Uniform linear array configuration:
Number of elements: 12
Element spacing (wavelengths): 0.75
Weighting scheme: uniform
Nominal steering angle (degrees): -60
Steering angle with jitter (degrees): -59.083
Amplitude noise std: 0.05
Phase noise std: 0.05

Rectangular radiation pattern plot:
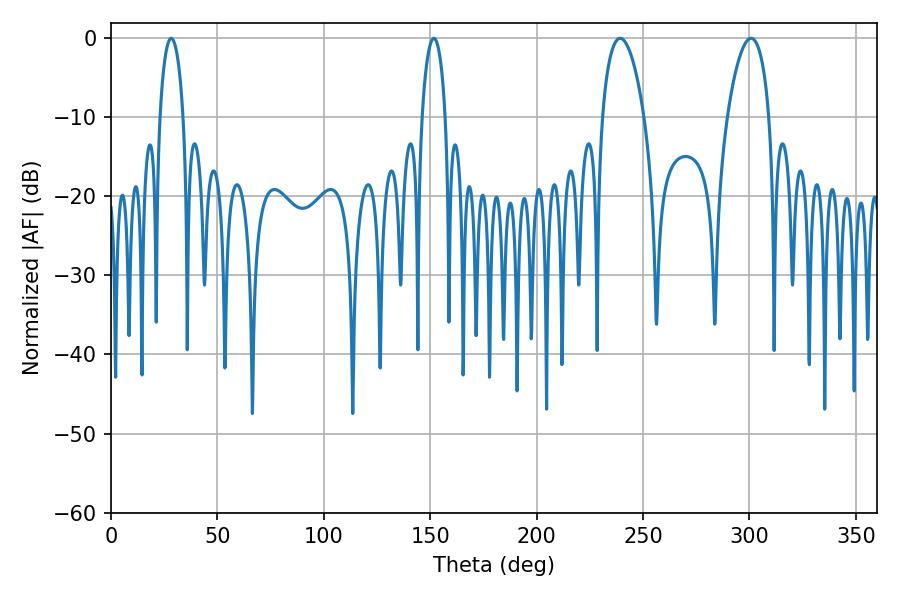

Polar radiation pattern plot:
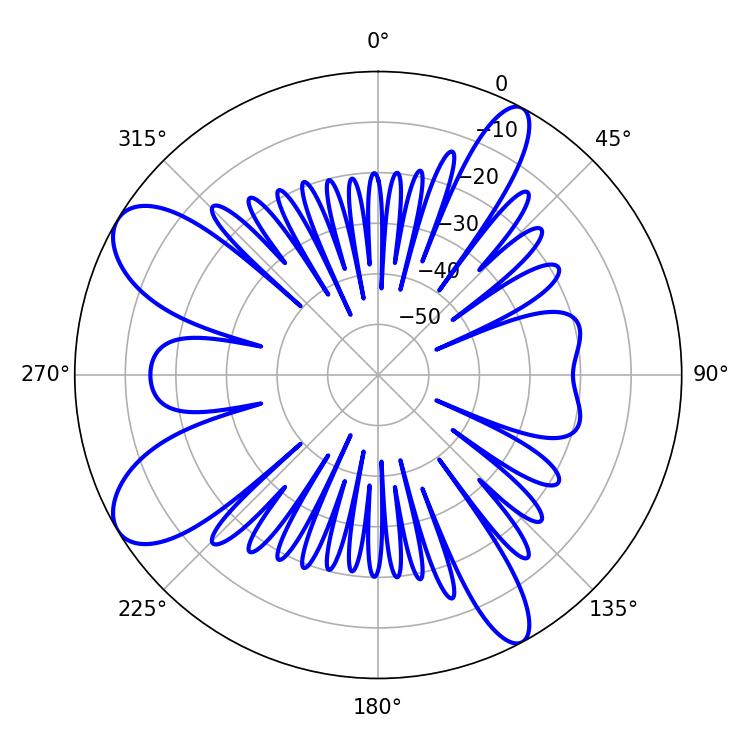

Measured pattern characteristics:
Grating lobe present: TRUE
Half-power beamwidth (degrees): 11.16
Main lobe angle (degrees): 239.22